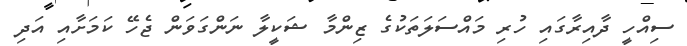
ސިއްހީ ދާއިރާގައި ހުރި މައްސަލަތަކުގެ ޒިންމާ ޝަކީލާ ނަންގަވަން ޖެހޭ ކަމަށާއި އަދި